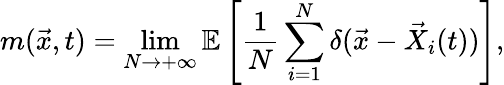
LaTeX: m(\vec{x},t)=\operatorname*{lim}_{N\rightarrow+\infty}\mathbb{E}\left[\frac{1}{N}\sum_{i=1}^{N}\delta(\vec{x}-\vec{X}_{i}(t))\right],